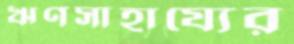
ঋণসাহায্যের